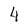
Character: 4